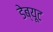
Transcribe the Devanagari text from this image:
डेब्यूट